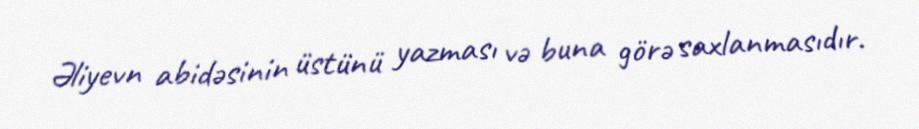
Əliyevn abidəsinin üstünü yazması və buna görə saxlanmasıdır.